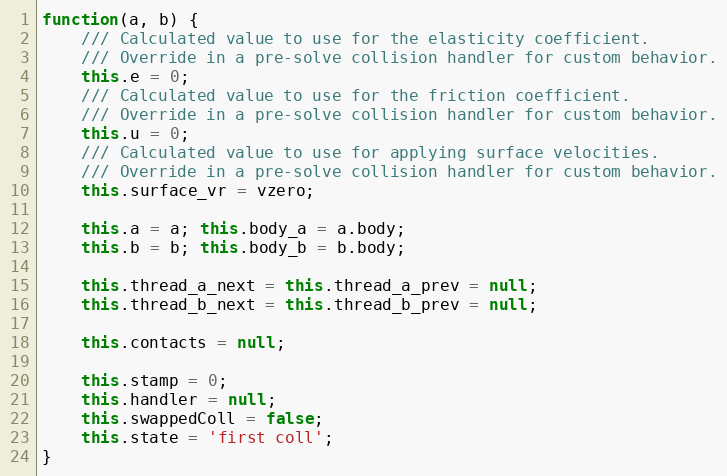
Language: JavaScript
function(a, b) {
    /// Calculated value to use for the elasticity coefficient.
    /// Override in a pre-solve collision handler for custom behavior.
    this.e = 0;
    /// Calculated value to use for the friction coefficient.
    /// Override in a pre-solve collision handler for custom behavior.
    this.u = 0;
    /// Calculated value to use for applying surface velocities.
    /// Override in a pre-solve collision handler for custom behavior.
    this.surface_vr = vzero;

    this.a = a; this.body_a = a.body;
    this.b = b; this.body_b = b.body;

    this.thread_a_next = this.thread_a_prev = null;
    this.thread_b_next = this.thread_b_prev = null;

    this.contacts = null;

    this.stamp = 0;
    this.handler = null;
    this.swappedColl = false;
    this.state = 'first coll';
}